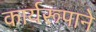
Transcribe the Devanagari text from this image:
कार्यरूपाने